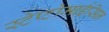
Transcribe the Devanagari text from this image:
स्टेप्टोमाईसिन